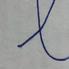
Signature authenticity: forged